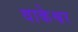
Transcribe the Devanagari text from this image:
वाकेश्वर